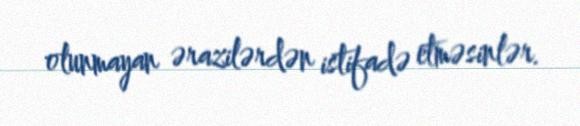
olunmayan ərazilərdən istifadə etməsinlər.